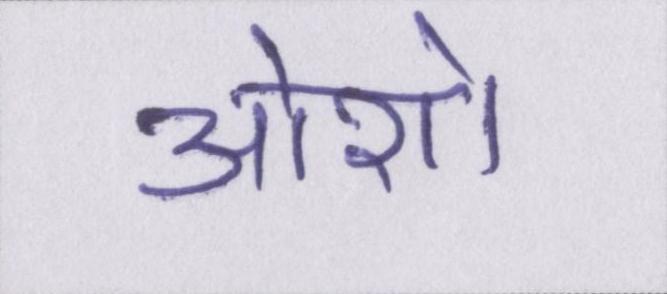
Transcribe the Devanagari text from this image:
ओशो